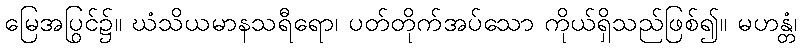
မြေအပြင်၌။ ဃံသိယမာနသရီရော၊ ပွတ်တိုက်အပ်သော ကိုယ်ရှိသည်ဖြစ်၍။ မဟန္တံ၊